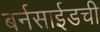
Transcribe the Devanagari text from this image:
बर्नसाईडची